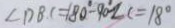
\angle D B C = 1 8 0 ^ { \circ } - 9 0 ^ { \circ } - \angle C = 1 8 ^ { \circ }